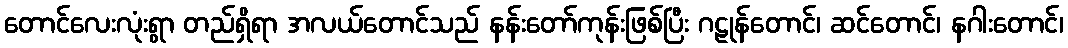
တောင်လေးလုံးရွာ တည်ရှိရာ အလယ်တောင်သည် နန်းတော်ကုန်းဖြစ်ပြီး ဂဠုန်တောင်၊ ဆင်တောင်၊ နဂါးတောင်၊